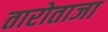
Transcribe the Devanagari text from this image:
तारोताजा